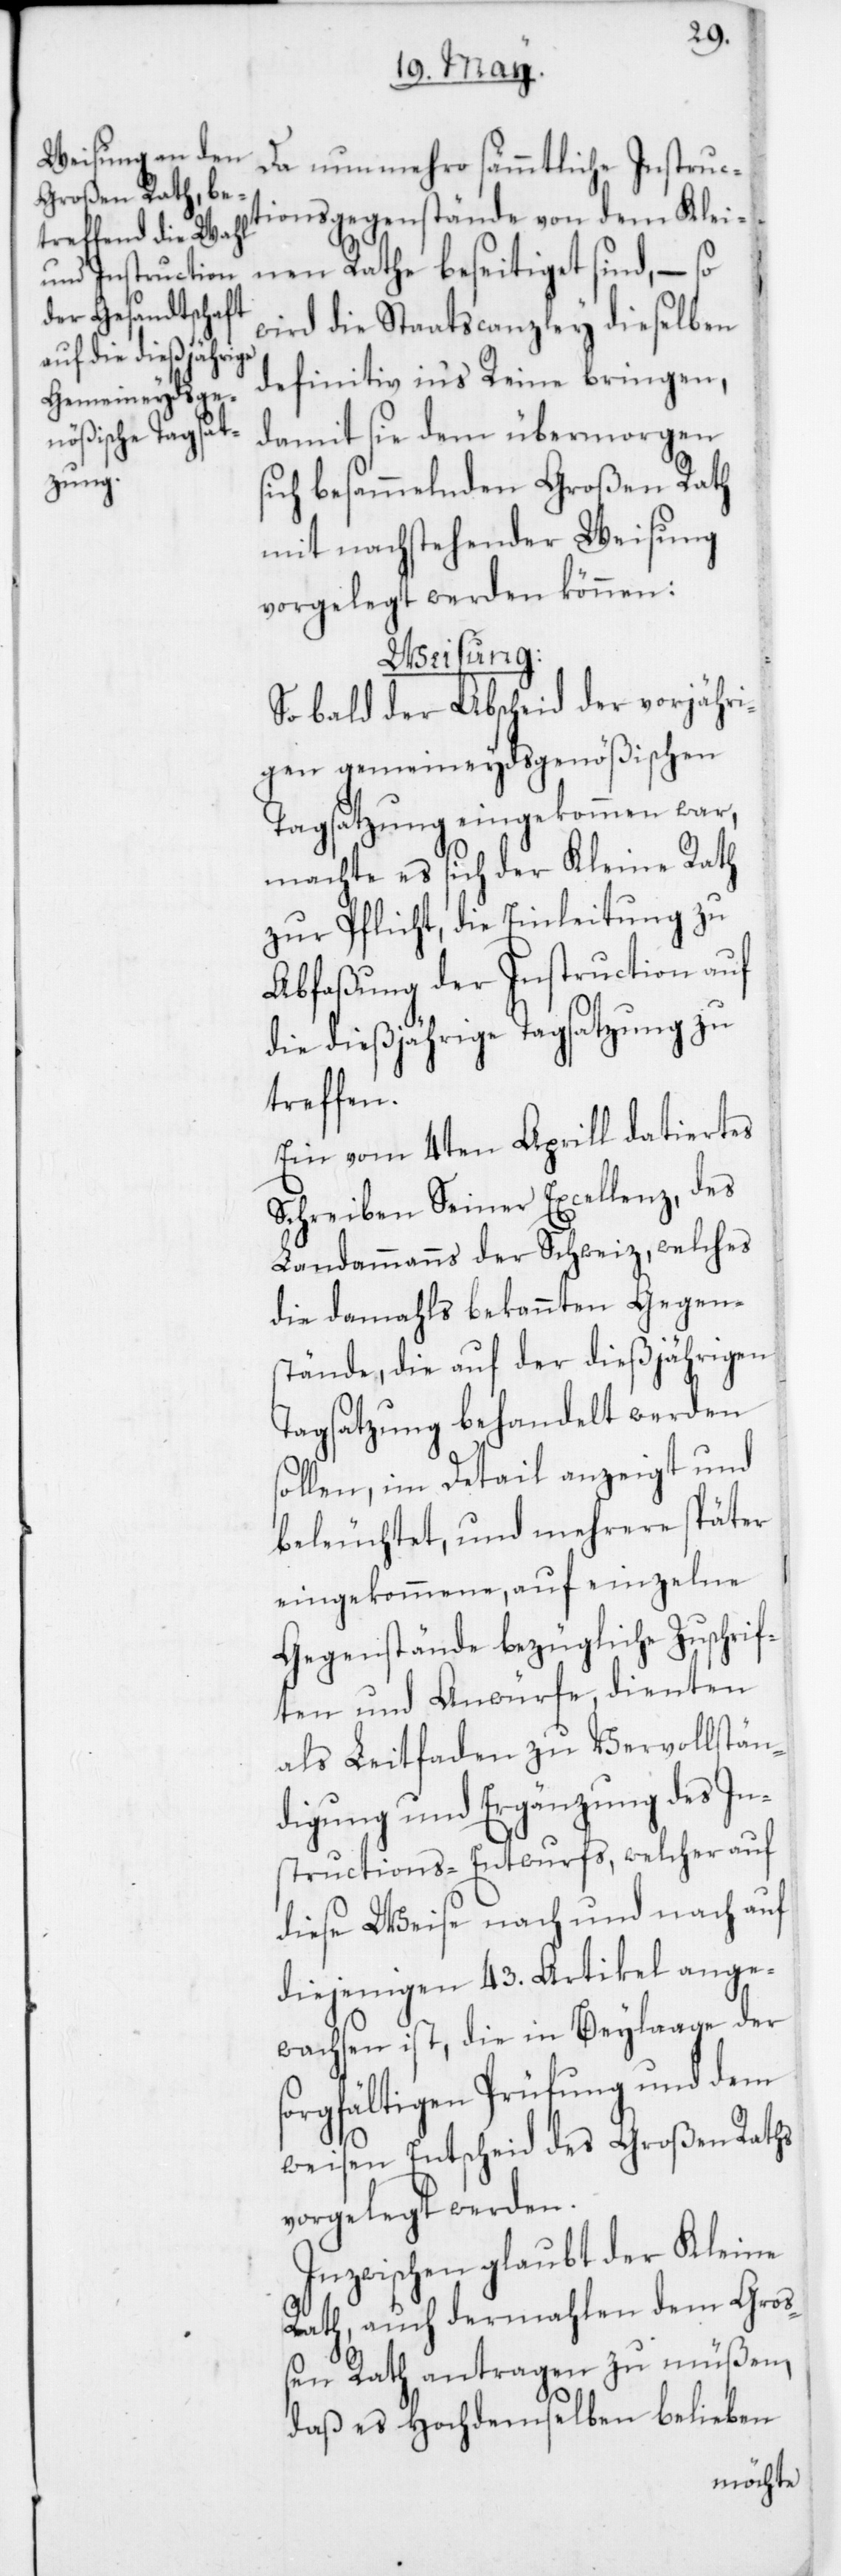
Da nunmehro sämmtliche Instruc¬
tionsgegenstände von dem Klei¬
nen Rathe beseitiget sind, – so
wird die Staatscanzley dieselben
definitiv in’s Reine bringen,
damit sie dem übermorgen
sich besammelnden Großen Rath
mit nachstehender Weisung
vorgelegt werden können:
Weisung.
Sobald der Abscheid der vorjähri¬
gen gemeineydsgenößischen
Tagsatzung eingekommen war,
machte es sich der Kleine Rath
zur Pflicht, die Einleitung zu
Abfaßung der Instruction auf
die dießjährige Tagsatzung zu
treffen.
Ein vom 4ten Aprill datiertes
Schreiben Seiner Excellenz des
Landammanns der Schweiz, welches
die damahls bekannten Gegen¬
stände, die auf der dießjährigen
Tagsatzung behandelt werden
sollen, im Detail anzeigt und
beleuchtet, und mehrere später
eingekommene, auf einzelne
Gegenstände bezügliche Zuschrif¬
ten und Anwürfe dienten
als Leitfaden zu Vervollstän¬
digung und Ergänzung des In¬
structions-Entwurfs, welcher auf
diese Weise nach und nach auf
diejenigen 43 Artikel ange¬
wachsen ist, die in Beylaage der
sorgfältigen Prüfung und dem
weisen Entscheid des Großen Raths
vorgelegt werden.
Inzwischen glaubt der Kleine
Rath, auch dermahlen dem Groß¬
en Rath antragen zu müßen,
daß es Hochdemselben belieben